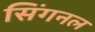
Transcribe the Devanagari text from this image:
सिंगनल